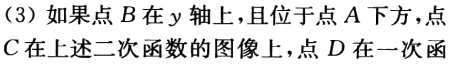
（3）如果点\(B\)在\(y\)轴上，且位于点\(A\)下方，点\(C\)在上述二次函数的图像上，点\(D\)在一次函